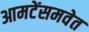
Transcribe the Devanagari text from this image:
आमटेंसमवेत